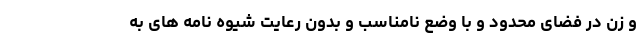
و زن در فضای محدود و با وضع نامناسب و بدون رعایت شیوه نامه های به